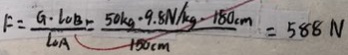
F = \frac { G \cdot L O B r } { L o A } = \frac { 5 0 k g \cdot 9 . 8 N / k g \cdot 1 8 0 c m } { 1 5 0 m } = 5 8 8 N